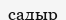
садыр